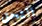
التحق